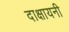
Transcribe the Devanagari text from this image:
दाक्षायनी